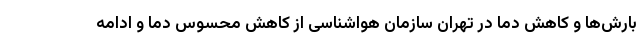
بارش‌ها و کاهش دما در تهران سازمان هواشناسی از کاهش محسوس دما و ادامه